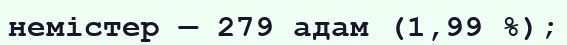
немістер — 279 адам (1,99 %);